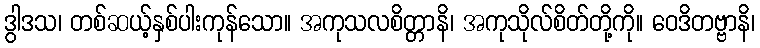
ဒွါဒသ၊ တစ်ဆယ့်နှစ်ပါးကုန်သော။ အကုသလစိတ္တာနိ၊ အကုသိုလ်စိတ်တို့ကို။ ဝေဒိတဗ္ဗာနိ၊